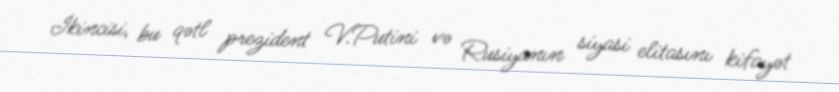
İkincisi, bu qətl prezident V.Putini və Rusiyanın siyasi elitasını kifayət